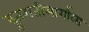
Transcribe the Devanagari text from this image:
द्रुतगतीमार्गाला